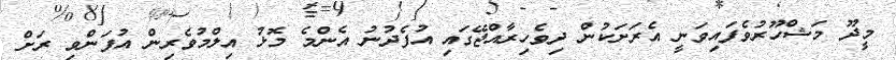
މީދޫ މަޝްހޫރުވެފައިވަނީ އެރަށަކުން ދިވެހިރާއްޖޭގައި އުފެދުނު އެންމެ މޮޅު އިލްމުވެރިން އުފަންވި ރަށް